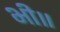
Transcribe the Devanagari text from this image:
भी॥